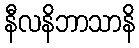
နီလနိဘာသာနိ